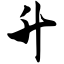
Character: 升